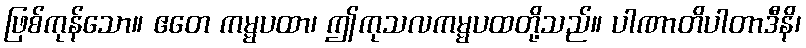
ဖြစ်ကုန်သော။ ဧတေ ကမ္မပထာ၊ ဤကုသလကမ္မပထတို့သည်။ ပါဏာတိပါတာဒီနိ၊